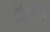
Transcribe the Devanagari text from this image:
हेलिकीय